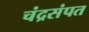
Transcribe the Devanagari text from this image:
चंद्रसंपत